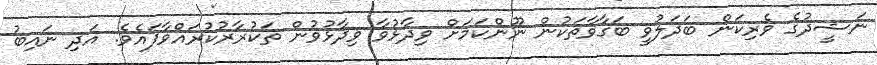
ނަޝީދުގެ ވެރިކަން ބަދަލުވީ ބަގާވާތަކުން ނޫންކަމަށް ވިދާޅުވާ ވިދާޅުވުން ތަކުރާރުކުރައްވާފައެވެ. އަދި ނައިބު